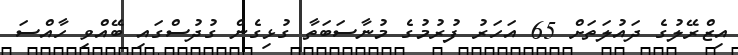
އިޒްރޭލުގެ ދައުލަތަށް 65 އަހަރު ފުރުމުގެ މުނާސަބަތާ ގުޅިގެން ގުދުސްގައި ބޭއްވި ހާއްސަ